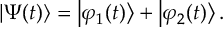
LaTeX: \left| \Psi ( t ) \right\rangle = \left| \varphi _ { 1 } ( t ) \right\rangle + \left| \varphi _ { 2 } ( t ) \right\rangle .